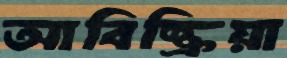
আবিষ্ক্রিয়া